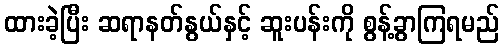
ထားခဲ့ပြီး ဆရာနတ်နွယ်နှင့် ဆူးပန်းကို စွန့်ခွာကြရမည်